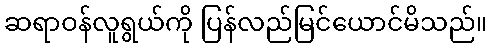
ဆရာဝန်လူရွယ်ကို ပြန်လည်မြင်ယောင်မိသည်။